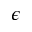
\boldsymbol { \epsilon }